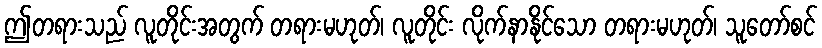
ဤတရားသည် လူတိုင်းအတွက် တရားမဟုတ်၊ လူတိုင်း လိုက်နာနိုင်သော တရားမဟုတ်၊ သူတော်စင်